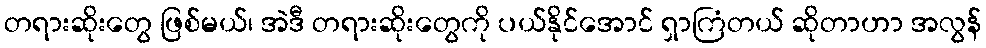
တရားဆိုးတွေ ဖြစ်မယ်၊ အဲဒီ တရားဆိုးတွေကို ပယ်နိုင်အောင် ရှာကြံတယ် ဆိုတာဟာ အလွန်